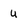
Character: u